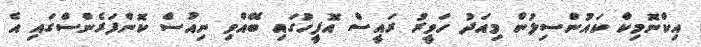
އިކްނޮމިކް ކައުންސިލުން މިއަދު ހަވީރު ރައީސް އޮފީހުގައި ބޭއްވި ނިއުސް ކޮންފަރެންސްގައި އެ